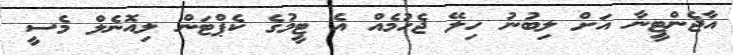
އާޖެންޓީނާ އަށް ލިބުނު ހިލޭ ޖެހުމެއް އެ ޓީމުގެ ކެޕްޓަން ލިއޮނެލް މެސީ